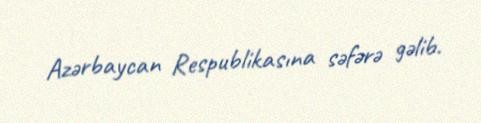
Azərbaycan Respublikasına səfərə gəlib.